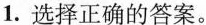
1.选择正确的答案。